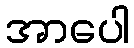
အာပေါ